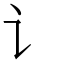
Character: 讠